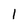
Character: 1